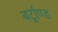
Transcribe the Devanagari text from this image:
बर्ट्राण्ड